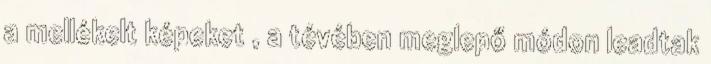
a mellékelt képeket , a tévében meglepő módon leadtak